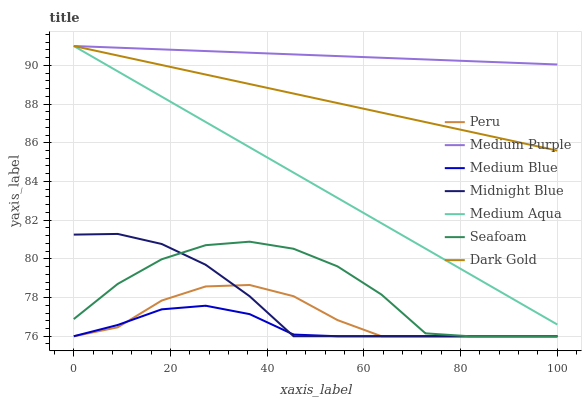
| xaxis_label | Peru | Medium Purple | Medium Blue | Midnight Blue | Medium Aqua | Seafoam | Dark Gold |
 | --- | --- | --- | --- | --- | --- | --- | --- |
 | 0 | 76 | 91 | 76 | 81.3 | 91 | 76.9 | 91 |
 | 9.09 | 76.5 | 90.9 | 76.6 | 81.3 | 89.7 | 78.7 | 90.5 |
 | 18.2 | 77.8 | 90.8 | 77.4 | 80.8 | 88.4 | 80 | 90 |
 | 27.3 | 78.6 | 90.7 | 77.6 | 79.7 | 87.1 | 80.7 | 89.5 |
 | 36.4 | 78.6 | 90.7 | 77.1 | 78.1 | 85.8 | 80.9 | 89 |
 | 45.5 | 78.1 | 90.6 | 76.1 | 76 | 84.5 | 80.5 | 88.5 |
 | 54.5 | 76.8 | 90.5 | 76 | 76 | 83.1 | 79.6 | 88.1 |
 | 63.6 | 76 | 90.4 | 76 | 76 | 81.8 | 78.2 | 87.6 |
 | 72.7 | 76 | 90.3 | 76 | 76 | 80.5 | 76.2 | 87.1 |
 | 81.8 | 76 | 90.2 | 76 | 76 | 79.2 | 76 | 86.6 |
 | 90.9 | 76 | 90.1 | 76 | 76 | 77.9 | 76 | 86.1 |
 | 100 | 76 | 90 | 76 | 76 | 76.6 | 76 | 85.6 |